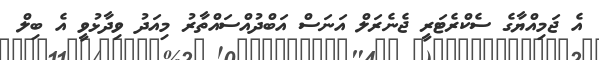
އެ ޖަމިއްޔާގެ ސެކްރެޓަރީ ޖެނެރަލް އަނަސް އަބްދުއްސައްތާރު މިއަދު ވިދާޅުވީ އެ ބިލް